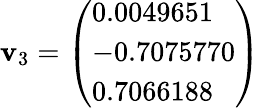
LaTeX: \mathbf{v}_{3}={\left(\begin{array}{l}{0.0049651}\\ {-0.7075770}\\ {0.7066188}\end{array}\right)}